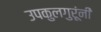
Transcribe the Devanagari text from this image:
उपकुलगुरूंनी